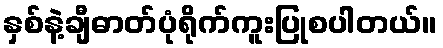
နှစ်နဲ့ချီဓာတ်ပုံရိုက်ကူးပြုစပါတယ်။